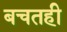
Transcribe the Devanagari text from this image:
बचतही